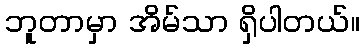
ဘူတာမှာ အိမ်သာ ရှိပါတယ်။